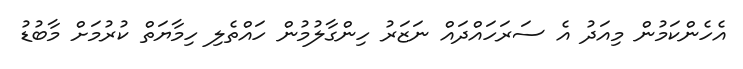
އެހެންކަމުން މިއަދު އެ ސަރަހައްދައް ނަޒަރު ހިންގާލުމުން ހައްތެލި ހިމާޔަތް ކުރުމަށް މާބުޑު